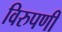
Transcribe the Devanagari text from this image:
विरुपणी